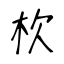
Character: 杴